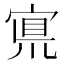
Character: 𡩇